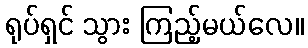
ရုပ်ရှင် သွား ကြည့်မယ်လေ။